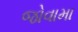
જોવામા